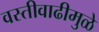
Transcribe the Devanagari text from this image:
वस्तीवाढीमुळे